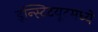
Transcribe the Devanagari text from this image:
इन्स्टिटयूटमध्ये